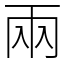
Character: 兩